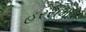
હરસમા